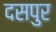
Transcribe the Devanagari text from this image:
दसपुर